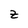
Character: Z